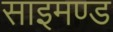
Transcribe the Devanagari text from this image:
साइमण्ड